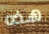
هذه